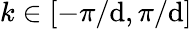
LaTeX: k\in[-\pi/\mathrm{d},\pi/\mathrm{d}]